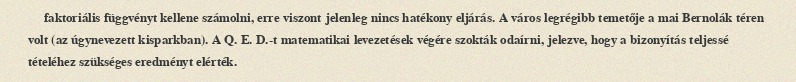
faktoriális függvényt kellene számolni, erre viszont jelenleg nincs hatékony eljárás. A város legrégibb temetője a mai Bernolák téren volt (az úgynevezett kisparkban). A Q. E. D.-t matematikai levezetések végére szokták odaírni, jelezve, hogy a bizonyítás teljessé tételéhez szükséges eredményt elérték.